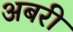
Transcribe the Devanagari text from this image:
अबरी